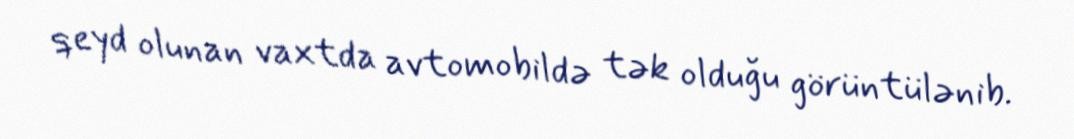
qeyd olunan vaxtda avtomobildə tək olduğu görüntülənib.